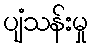
ပျံသန်းမှု